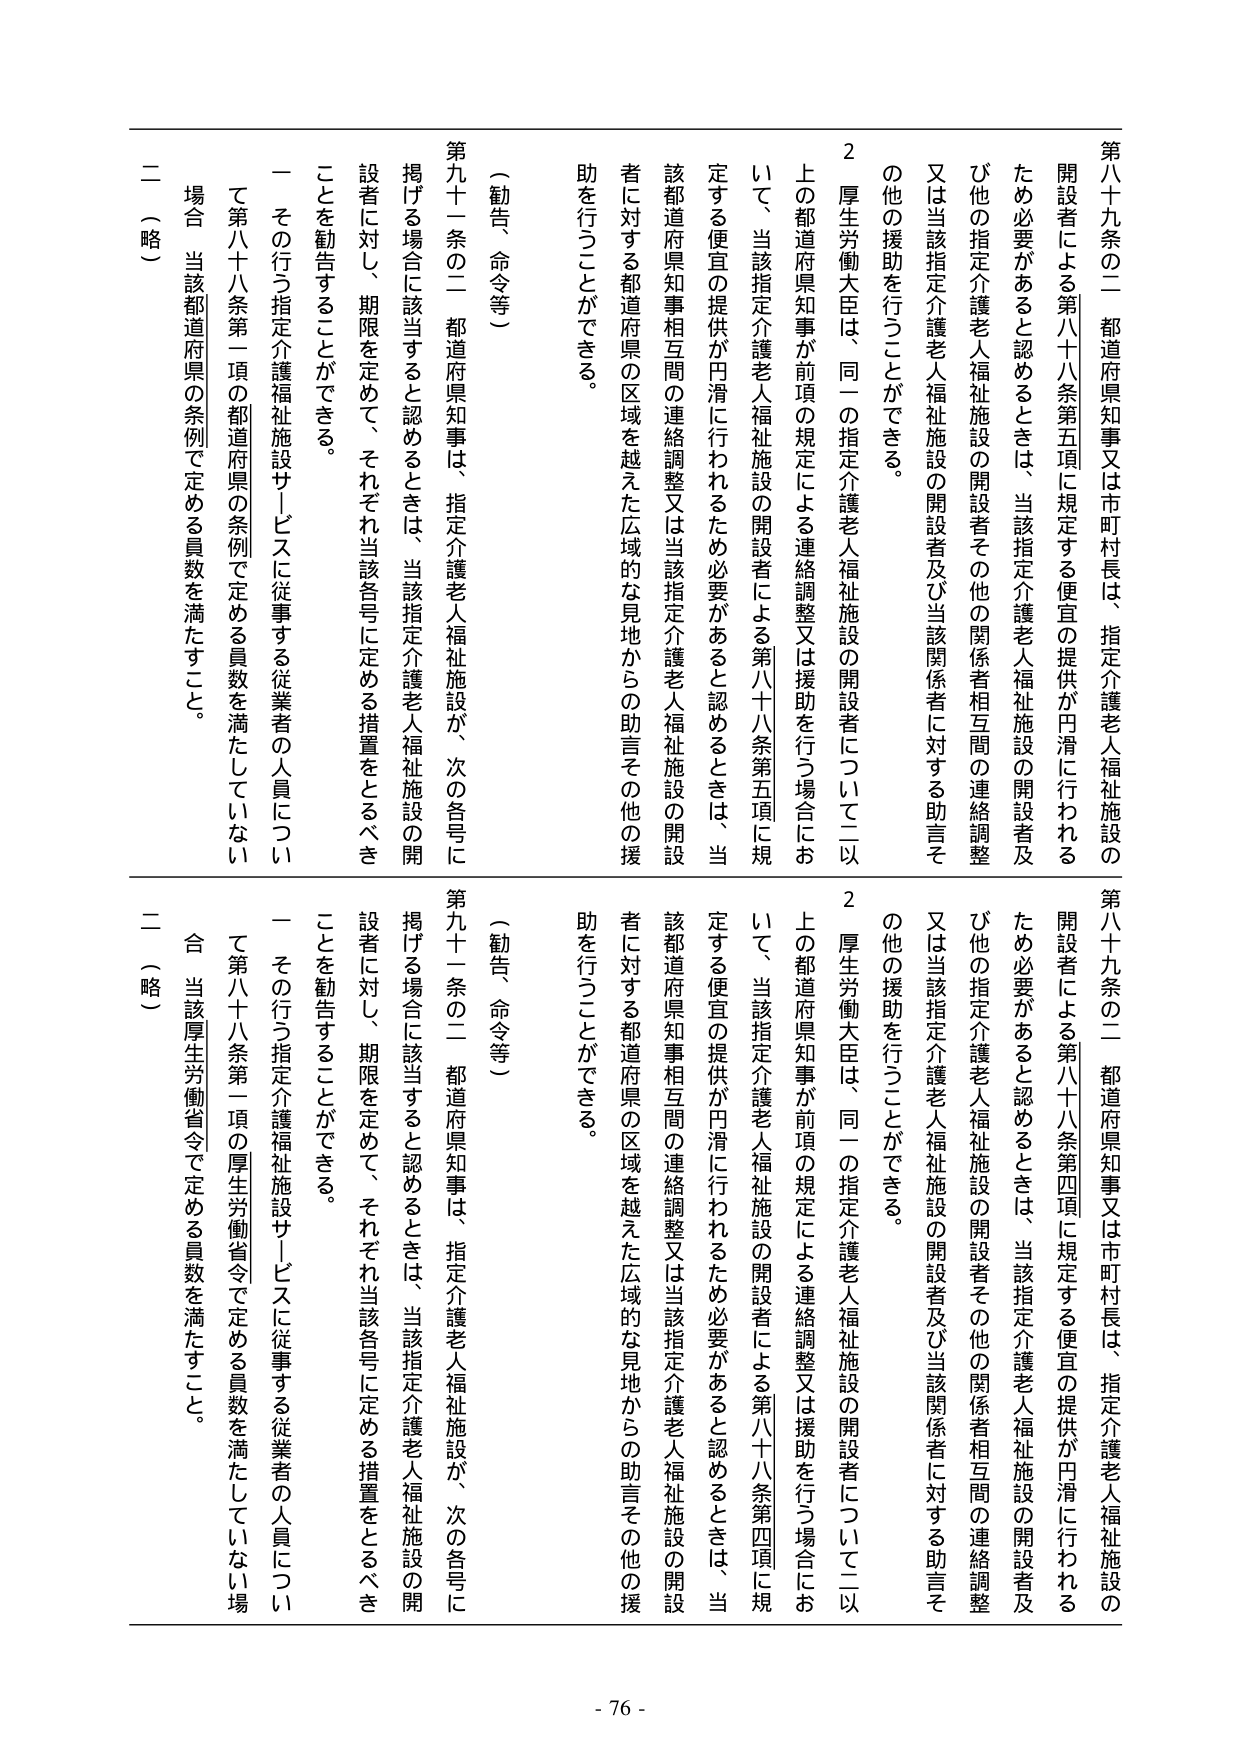
第八十九条の二 都道府県知事又は市町村長は、指定介護老人福祉施設の開設者による第八十八条第五項に規定する便宜の提供が円滑に行われるため必要があると認めるときは、当該指定介護老人福祉施設の開設者及び他の指定介護老人福祉施設の開設者その他の関係者相互間の連絡調整又は当該指定介護老人福祉施設の開設者及び当該関係者に対する助言その他の援助を行うことができる。

２ 厚生労働大臣は、同一の指定介護老人福祉施設の開設者について二以上の都道府県知事が前項の規定による連絡調整又は援助を行う場合において、当該指定介護老人福祉施設の開設者による第八十八条第五項に規定する便宜の提供が円滑に行われるため必要があると認めるときは、当該都道府県知事相互間の連絡調整又は当該指定介護老人福祉施設の開設者に対する都道府県の区域を越えた広域的な見地からの助言その他の援助を行うことができる。

（勧告、命令等）

第九十一条の二 都道府県知事は、指定介護老人福祉施設が、次の各号に掲げる場合に該当すると認めるときは、当該指定介護老人福祉施設の開設者に対し、期限を定めて、それぞれ当該各号に定める措置をとるべきことを勧告することができる。

一 その行う指定介護福祉施設サービスに従事する従業者の人員について第八十八条第一項の都道府県の条例で定める員数を満たしていない場合 当該都道府県の条例で定める員数を満たすこと。

二 （略）

第八十九条の二 都道府県知事又は市町村長は、指定介護老人福祉施設の開設者による第八十八条第四項に規定する便宜の提供が円滑に行われるため必要があると認めるときは、当該指定介護老人福祉施設の開設者及び他の指定介護老人福祉施設の開設者その他の関係者相互間の連絡調整又は当該指定介護老人福祉施設の開設者及び当該関係者に対する助言その他の援助を行うことができる。

２ 厚生労働大臣は、同一の指定介護老人福祉施設の開設者について二以上の都道府県知事が前項の規定による連絡調整又は援助を行う場合において、当該指定介護老人福祉施設の開設者による第八十八条第四項に規定する便宜の提供が円滑に行われるため必要があると認めるときは、当該都道府県知事相互間の連絡調整又は当該指定介護老人福祉施設の開設者に対する都道府県の区域を越えた広域的な見地からの助言その他の援助を行うことができる。

（勧告、命令等）

第九十一条の二 都道府県知事は、指定介護老人福祉施設が、次の各号に掲げる場合に該当すると認めるときは、当該指定介護老人福祉施設の開設者に対し、期限を定めて、それぞれ当該各号に定める措置をとるべきことを勧告することができる。

一 その行う指定介護福祉施設サービスに従事する従業者の人員について第八十八条第一項の厚生労働省令で定める員数を満たしていない場合 当該厚生労働省令で定める員数を満たすこと。

二 （略）

- 76 -